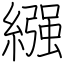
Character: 繦